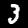
Digit: 3